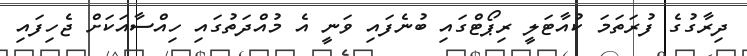
ދިރާގުގެ ފުރަތަމަ ކުއާޓަލީ ރިޕޯޓްގައި ބުނެފައި ވަނީ އެ މުއްދަތުގައި ހިއްސާއަކަށް ޖެހިފައި